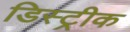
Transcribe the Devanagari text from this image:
डिस्ट्रीक